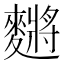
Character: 䵁